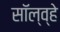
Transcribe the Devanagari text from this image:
सॉल्व्हे